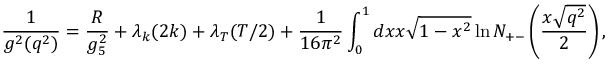
{ \frac { 1 } { g ^ { 2 } ( q ^ { 2 } ) } } = { \frac { R } { g _ { 5 } ^ { 2 } } } + \lambda _ { k } ( 2 k ) + \lambda _ { T } ( T / 2 ) + { \frac { 1 } { 1 6 \pi ^ { 2 } } } \int _ { 0 } ^ { 1 } d x x \sqrt { 1 - x ^ { 2 } } \ln N _ { + - } \left( { \frac { x \sqrt { q ^ { 2 } } } { 2 } } \right) ,